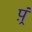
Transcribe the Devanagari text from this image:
प़्रं